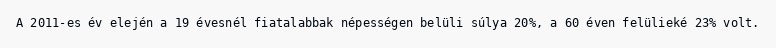
A 2011-es év elején a 19 évesnél fiatalabbak népességen belüli súlya 20%, a 60 éven felülieké 23% volt.